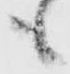
も